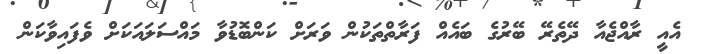
އެއީ ރާއްޖެއާ ދޭތެރޭ ބޭރުގެ ބައެއް ފަރާތްތަކުން ވަރަށް ކަންބޮޑުވާ މައްސަލައަކަށް ވެފައިވާކަން